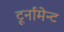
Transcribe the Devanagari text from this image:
टूर्नामेन्ट